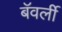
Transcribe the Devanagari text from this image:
बॅवर्ली